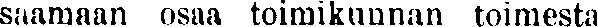
saamaan osaa toimikunnan toimesta